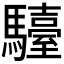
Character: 𩦽